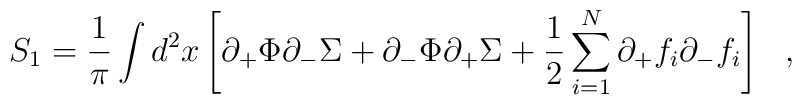
S_1 = {1\over \pi} \int d^2 x \left[ \partial_+ \Phi \partial_- \Sigma+ \partial_- \Phi \partial_+ \Sigma  + {1\over 2} \sum_{i=1}^N\partial_+ f_i \partial_- f_i \right] \ \ ,